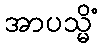
အာပသ္မိံ